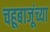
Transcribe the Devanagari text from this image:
चहूबाजूंच्या